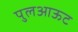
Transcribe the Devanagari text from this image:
पुलआऊट